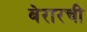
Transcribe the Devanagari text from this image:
बेरारची